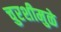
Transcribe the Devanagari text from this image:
चुरशीमुळे